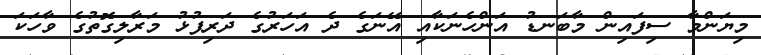
މިޔަންމާ ސިފައިން މާބަނޑު އަންހެނަކާއި އޭނަގެ ދެ އަހަރުގެ ދަރިފުޅު މަރާލިގޮތުގެ ވާހަކަ